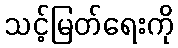
သင့်မြတ်ရေးကို